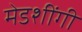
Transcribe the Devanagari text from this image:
मेडशींगी